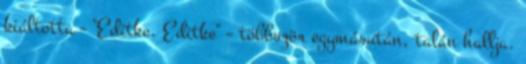
kiáltotta - "Editke, Editke" – többször egymásután, talán hallja.